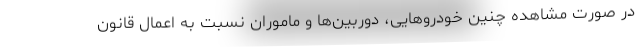
در صورت مشاهده چنین خودروهایی، دوربین‌ها و ماموران نسبت به اعمال قانون